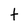
Character: t